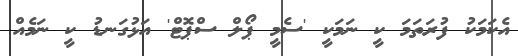
އެކަމަކު ފުރަތަމަ ކީ ނަމަކީ 'ސެމީ ޕޯލް ސްޕޮޓް' އަޅުގަނޑު ކީ ނަމެއް